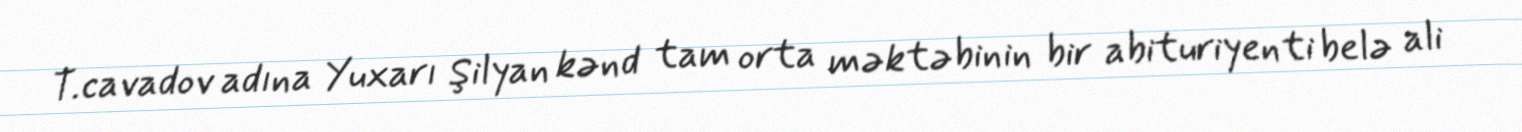
T.cavadov adına Yuxarı Şilyan kənd tam orta məktəbinin bir abituriyenti belə ali